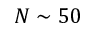
N \sim 5 0